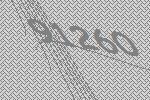
91260